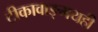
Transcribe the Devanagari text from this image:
टीकावाङ्‌मयही